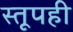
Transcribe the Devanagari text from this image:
स्तूपही